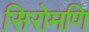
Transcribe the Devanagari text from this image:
सिरोमणि